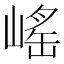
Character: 𡺯